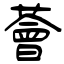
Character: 薈